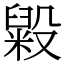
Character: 毇